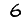
Digit: 6